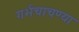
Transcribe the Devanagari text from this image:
गर्भचाचण्या